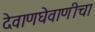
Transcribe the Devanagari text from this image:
देवाणघेवाणीचा